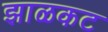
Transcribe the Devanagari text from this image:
झाळकट